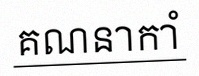
គណនាកាំ